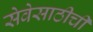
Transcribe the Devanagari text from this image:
सेवेसाठीची